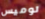
لوميس